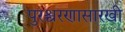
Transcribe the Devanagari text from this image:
पुरश्चरणासारखी